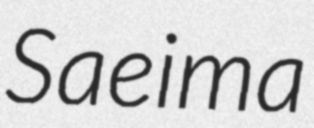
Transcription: Saeima